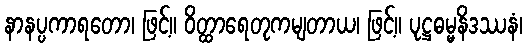
နာနပ္ပကာရတော၊ ဖြင့်။ ဝိတ္ထာရေတုကမျတာယ၊ ဖြင့်။ ပုဋ္ဌဓမ္မနိဒဿနံ၊